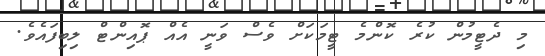
މި ދެޓީމުން ކުރެ ކޮންމެ ޓީމަކަށް ވެސް ވަނީ އެއް ޕޮއިންޓް ލިބިފައެވެ.